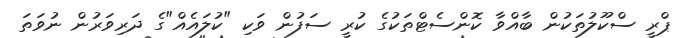
ޕްރީ ސްކޫލުތަކުން ބާއްވާ ކޮންސެޓްތަކުގެ ކުރީ ސަފުން ވަކި "ކުލައެއް"ގެ ދަރިވަރުން ނުވަތަ